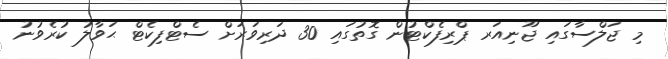
މި ޖަލްސާގައި ޖޫނިއަރ ޕްރިފެކްޓުން ގޮތުގައި 30 ދަރިވަރަށް ސެޓްފިކެޓް ޙަވާލު ކުރެވުނު